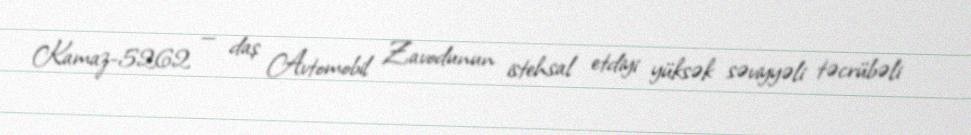
Kamaz-5262 — daş Avtomobil Zavodunun istehsal etdiyi yüksək səviyyəli təcrübəli